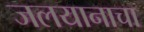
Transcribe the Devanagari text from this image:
जलयानाचा